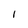
Character: l